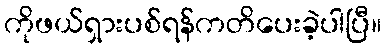
ကိုဖယ်ရှားပစ်ရန်ကတိပေးခဲ့ပါပြီ။